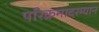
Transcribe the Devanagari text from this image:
परिक्रमादरम्यान